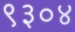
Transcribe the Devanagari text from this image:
९३०४